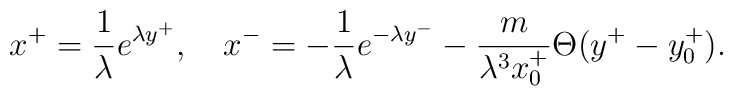
x^+=\frac{1}{\lambda} e^{\lambda y^+},~~~x^-=-\frac{1}{\lambda}e^{-\lambda y^-} -\frac{m}{\lambda^3 x^+_0}\Theta(y^+ - y^+_0) .